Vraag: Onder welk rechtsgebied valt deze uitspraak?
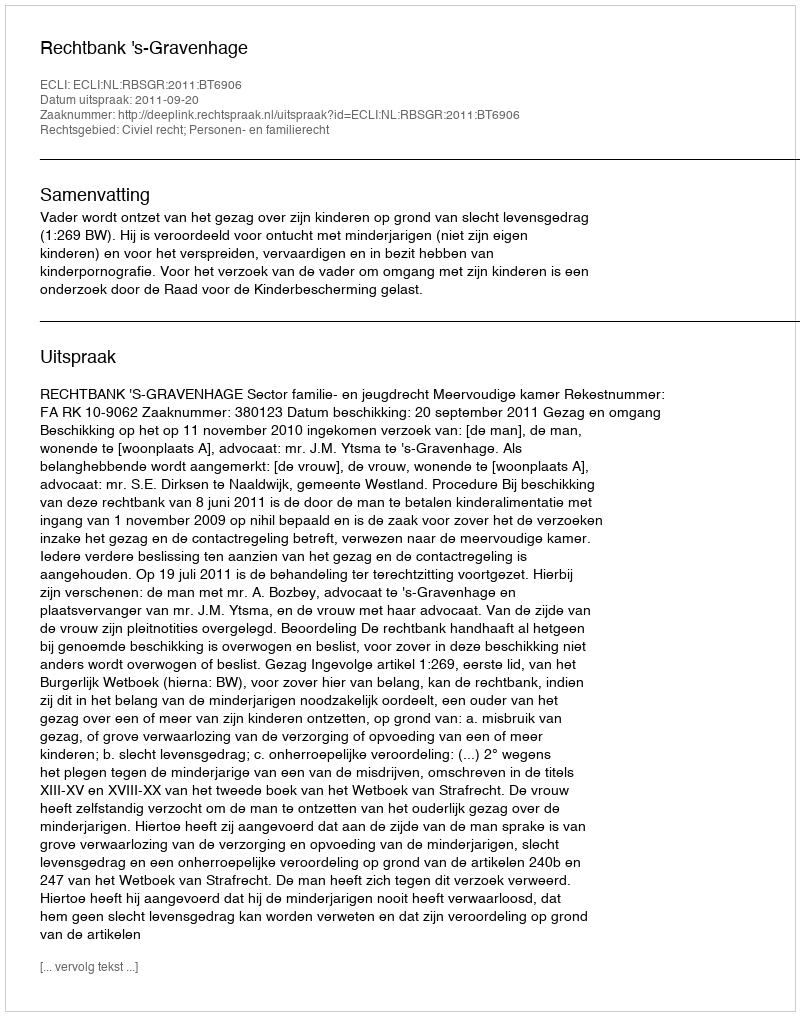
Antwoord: Civiel recht; Personen- en familierecht